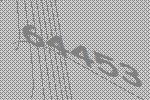
64453